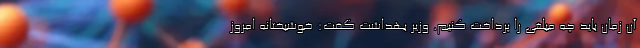
آن زمان باید چه مبلغی را پرداخت کنیم. وزیر بهداشت گفت: خوشبختانه امروز